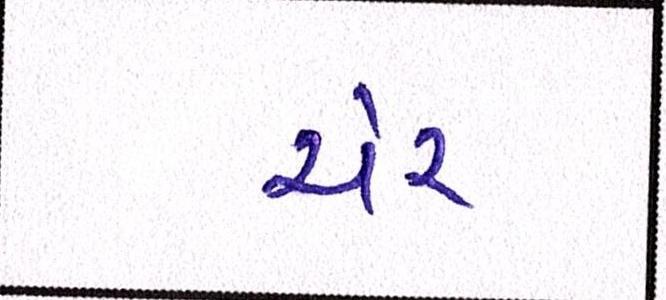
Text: ચેર